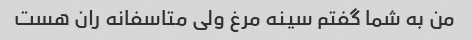
من به شما گفتم سینه مرغ ولی متاسفانه ران هست